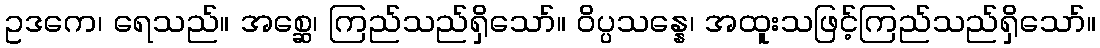
ဥဒကေ၊ ရေသည်။ အစ္ဆေ၊ ကြည်သည်ရှိသော်။ ဝိပ္ပသန္နေ၊ အထူးသဖြင့်ကြည်သည်ရှိသော်။